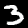
Digit: 3